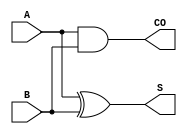
module HA_X1 (A, B, CO, S);
  input A;
  input B;
  output CO;
  output S;
  and(CO, A, B);
  xor(S, A, B);
  specify
    (A => CO) = (0.1, 0.1);
    (B => CO) = (0.1, 0.1);
    if((B == 1'b0)) (A => S) = (0.1, 0.1);
    if((B == 1'b1)) (A => S) = (0.1, 0.1);
    if((A == 1'b0)) (B => S) = (0.1, 0.1);
    if((A == 1'b1)) (B => S) = (0.1, 0.1);
  endspecify
endmodule